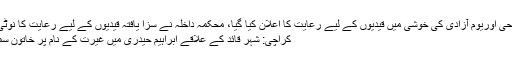
تفصلات کے مطابق عیدالاضحی اوریوم آزادی کی خوشی میں قیدیوں کے لیے رعایت کا اعلان کیا گیا، محکمہ داخلہ نے سزا یافتہ قیدیوں کے لیے رعایت کا نوٹی فکیشن بھی جاری کردیا …
کراچی: شہر قائد کے علاقے ابراہیم حیدری میں غیرت کے نام پر خاتون سمیت 2 افراد کو قتل کردیا گیا۔